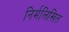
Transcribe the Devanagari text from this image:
निर्मलिखित